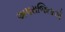
અપરાજિતાએ